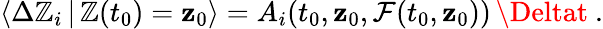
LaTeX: \langle\Delta\mathbb{Z}_{i}\, |\, \mathbf{{\mathbb{Z}}}(t_{0})=\mathbf{{z}}_{0}\rangle=A_{i}(t_{0},\mathbf{{z}}_{0},\mathcal{{F}}(t_{0},\mathbf{{z}}_{0}))\, \Deltat~.